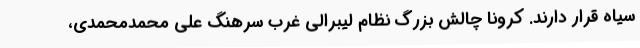
سیاه قرار دارند. کرونا چالش بزرگ نظام لیبرالی غرب سرهنگ علی محمدمحمدی،